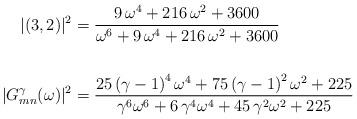
LaTeX: \begin{align*} | (3,2) |^2 &= \frac{9\, \omega^4 + 216\, \omega^2 + 3600}{\omega^6 + 9\, \omega^4 + 216\, \omega^2 + 3600} \\ \\|G_{mn}^{\gamma}(\omega)|^2 & = \frac{25 \left( \gamma - 1 \right)^4 \omega^4 + 75 \left( \gamma - 1 \right)^2 \omega^2 + 225}{\gamma^6 \omega^6 + 6\, \gamma^4 \omega^4 + 45\, \gamma^2 \omega^2 + 225}\end{align*}